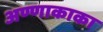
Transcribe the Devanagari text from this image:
अण्णाकाका